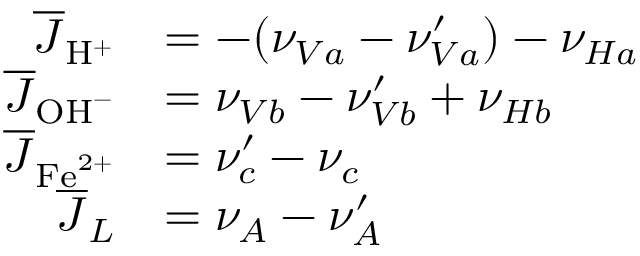
\begin{array} { r l } { \overline { { J } } _ { \mathrm { H } ^ { + } } } & { = - ( \nu _ { V a } - \nu _ { V a } ^ { \prime } ) - \nu _ { H a } } \\ { \overline { { J } } _ { \mathrm { O H } ^ { - } } } & { = \nu _ { V b } - \nu _ { V b } ^ { \prime } + \nu _ { H b } } \\ { \overline { { J } } _ { \mathrm { F e } ^ { 2 + } } } & { = \nu _ { c } ^ { \prime } - \nu _ { c } } \\ { \overline { { J } } _ { L } } & { = \nu _ { A } - \nu _ { A } ^ { \prime } } \end{array}